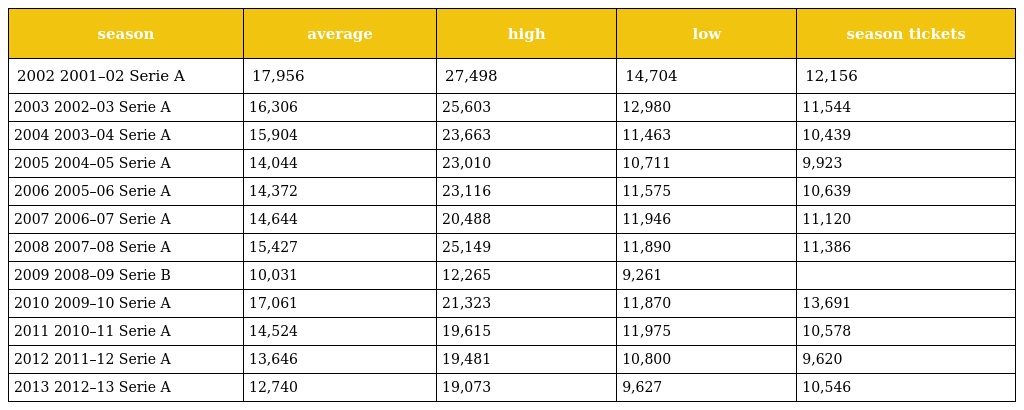
| season | average | high | low | season tickets |
 | --- | --- | --- | --- | --- |
 | 2002 2001–02 Serie A | 17,956 | 27,498 | 14,704 | 12,156 |
 | 2003 2002–03 Serie A | 16,306 | 25,603 | 12,980 | 11,544 |
 | 2004 2003–04 Serie A | 15,904 | 23,663 | 11,463 | 10,439 |
 | 2005 2004–05 Serie A | 14,044 | 23,010 | 10,711 | 9,923 |
 | 2006 2005–06 Serie A | 14,372 | 23,116 | 11,575 | 10,639 |
 | 2007 2006–07 Serie A | 14,644 | 20,488 | 11,946 | 11,120 |
 | 2008 2007–08 Serie A | 15,427 | 25,149 | 11,890 | 11,386 |
 | 2009 2008–09 Serie B | 10,031 | 12,265 | 9,261 |  |
 | 2010 2009–10 Serie A | 17,061 | 21,323 | 11,870 | 13,691 |
 | 2011 2010–11 Serie A | 14,524 | 19,615 | 11,975 | 10,578 |
 | 2012 2011–12 Serie A | 13,646 | 19,481 | 10,800 | 9,620 |
 | 2013 2012–13 Serie A | 12,740 | 19,073 | 9,627 | 10,546 |